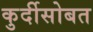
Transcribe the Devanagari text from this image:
कुर्दीसोबत